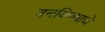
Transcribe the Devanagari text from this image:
वनविण्याचे